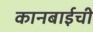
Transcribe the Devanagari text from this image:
कानबाईची